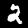
Digit: 2